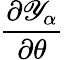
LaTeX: \frac{\partial{\mathscr Y}_{\alpha}}{\partial\theta}